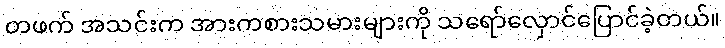
တဖက် အသင်းက အားကစားသမားများကို သရော်လှောင်ပြောင်ခဲ့တယ်။